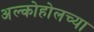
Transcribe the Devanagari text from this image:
अल्कोहोलच्या